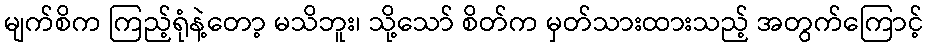
မျက်စိက ကြည့်ရုံနဲ့တော့ မသိဘူး၊ သို့သော် စိတ်က မှတ်သားထားသည့် အတွက်ကြောင့်